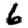
Digit: 6